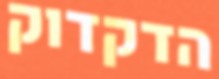
הדקדוק